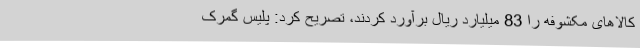
کالاهای مکشوفه را 83 میلیارد ریال برآورد کردند، تصریح کرد: پلیس گمرک